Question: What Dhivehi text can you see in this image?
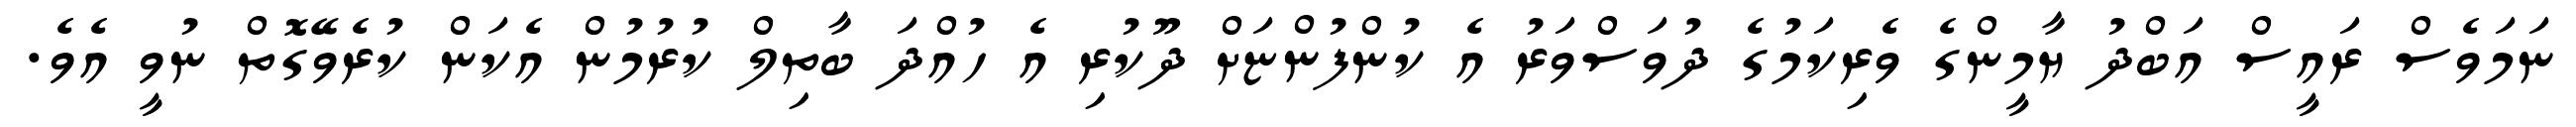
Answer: ނަމަވެސް ރައީސް އަބްދު ޔާމީންގެ ވެރިކަމުގެ ދުވަސްވަރު އެ ކުންފުންޏަށް ދޫކުރި އެ ހުއްދަ ބާތިލް ކުރުމުން އެކަން ކުރެވޭގޮތް ނުވީ އެވެ.